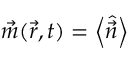
\vec { m } ( \vec { r } , t ) = \left< \hat { \vec { n } } \right>